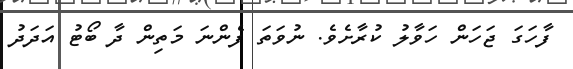
ފާހަގަ ޖަހަން ހަވާލު ކުރާށެވެ. ނުވަތަ ފެންނަ މަތިން ދާ ބޯޓު އަދަދު